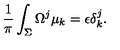
{ \frac { 1 } { \pi } } \int _ { \Sigma } \Omega ^ { j } \mu _ { k } = \epsilon \delta _ { k } ^ { j } .